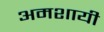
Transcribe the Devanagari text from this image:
अमशायी